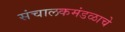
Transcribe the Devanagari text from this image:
संचालकमंडळाचे